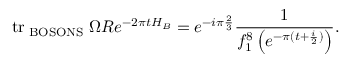
\mathrm { t r } _ { \mathrm { \tiny ~ B O S O N S } } \; \Omega R e ^ { - 2 \pi t H _ { B } } = e ^ { - i \pi \frac { 2 } { 3 } } \frac { 1 } { f _ { 1 } ^ { 8 } \left( e ^ { - \pi ( t + \frac { i } { 2 } ) } \right) } .